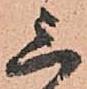
上